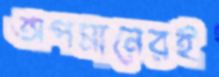
অপমানেরই